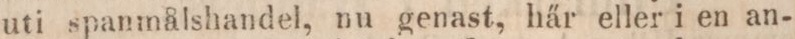
uti spanmålshandel, nu genast, här eller i en an-